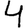
Digit: 4